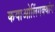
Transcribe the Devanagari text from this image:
कयाओलिंगक्यांग